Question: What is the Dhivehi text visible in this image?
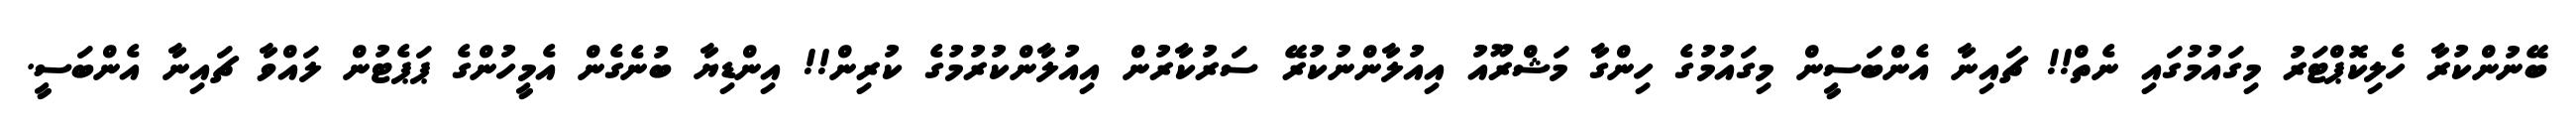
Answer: ބޭނުންކުރާ ހެލިކޮޕްޓަރު މިގައުމުގައި ނެތް!! ޗައިނާ އެންބަސީން މިގައުމުގެ ހިންގާ މަޝްރޫއު އިއުލާންނުކުރޭ ސަރުކާރުން އިއުލާންކުރުމުގެ ކުރިން!! އިންޑިޔާ ބުނެގެން އެމީހުންގެ ޕަޕެޓުން ލައްވާ ޗައިނާ އެންބަސީ.